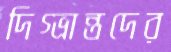
দিগ্ভ্রান্তদের